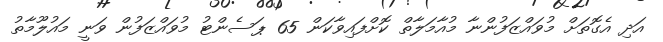
އަދި އެގޮތަށް މުވައްޒަފުންނާ މުއާމަލާތް ކޮށްފައިވާކަން 65 ޕަސެންޓު މުވައްޒަފުން ވަނީ މައުލޫމާތު